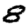
Digit: 8